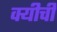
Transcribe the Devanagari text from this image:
क्यीची